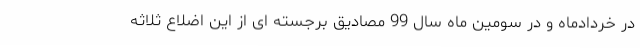
در خردادماه و در سومین ماه سال 99 مصادیق برجسته ای از این اضلاع ثلاثه